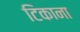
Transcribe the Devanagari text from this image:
टिकाना